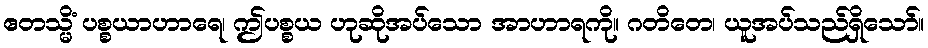
ဧတသ္မိံ ပစ္စယာဟာရေ၊ ဤပစ္စယ ဟုဆိုအပ်သော အာဟာရကို။ ဂတိတေ၊ ယူအပ်သည်ရှိသော်။